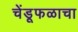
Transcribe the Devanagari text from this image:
चेंडूफळाचा